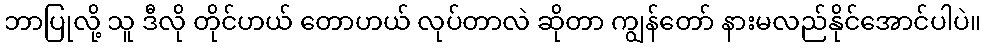
ဘာပြုလို့ သူ ဒီလို တိုင်ဟယ် တောဟယ် လုပ်တာလဲ ဆိုတာ ကျွန်တော် နားမလည်နိုင်အောင်ပါပဲ။